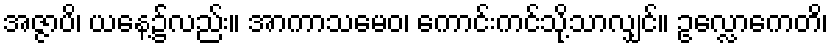
အဇ္ဇာပိ၊ ယနေ့၌လည်း။ အာကာသမေဝ၊ ကောင်းကင်သို့သာလျှင်။ ဥလ္လောကေတိ၊